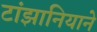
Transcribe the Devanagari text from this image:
टांझानियाने